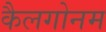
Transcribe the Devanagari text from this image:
कैलगोनम